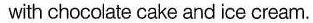
with chocolate cake and ice cream.